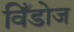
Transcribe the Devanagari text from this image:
विँडोज